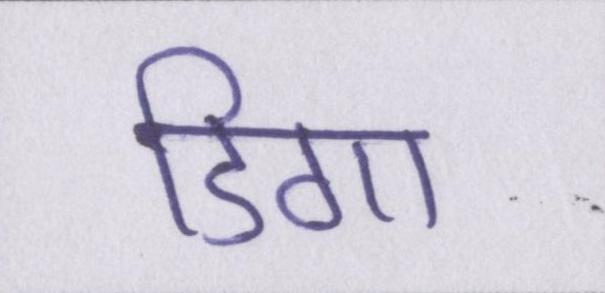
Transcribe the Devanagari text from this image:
डिगा